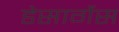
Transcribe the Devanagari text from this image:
डेसार्गेस